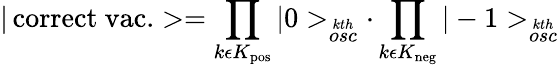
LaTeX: |\, \mathrm{correct\ vac.}>=\prod_{k\epsilon K_{\mathrm{pos}}}|0>_{\stackrel{kth}{osc}}\cdot\prod_{k\epsilon K_{\mathrm{neg}}}|-1>_{\stackrel{kth}{osc}}